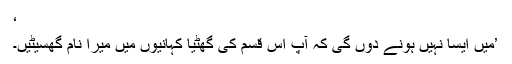
‘
’میں ایسا نہیں ہونے دوں گی کہ آپ اس قسم کی گھٹیا کہانیوں میں میرا نام گھسیٹیں۔